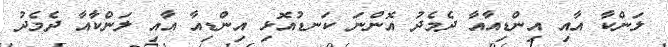
ލަންކާ އާއި އިންޑިއާއާ ދެމެދު އޮންނަ ކަނޑުއޮޅި އިންޑިއާ އާއި ލަންކާއާ ދެމެދު